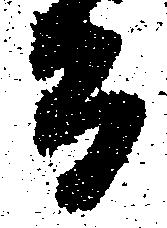
而